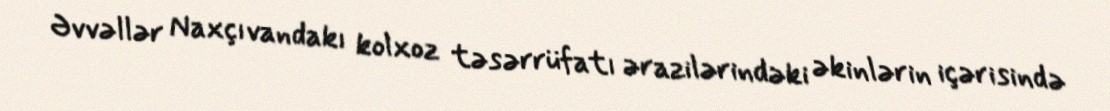
Əvvəllər Naxçıvandakı kolxoz təsərrüfatı ərazilərindəki əkinlərin içərisində